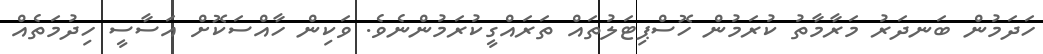
ހަދަމުން ބަނދަރު މަރާމާތު ކުރަމުން ހޮސްޕިޓަލުތައް ތަރައްގީކުރަމުންނެވެ. ވަކިން ހާއްސަކޮށް އަސާސީ ހިދުމަތެއް